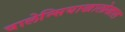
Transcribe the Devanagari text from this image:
वालेन्सियाखालोखाल